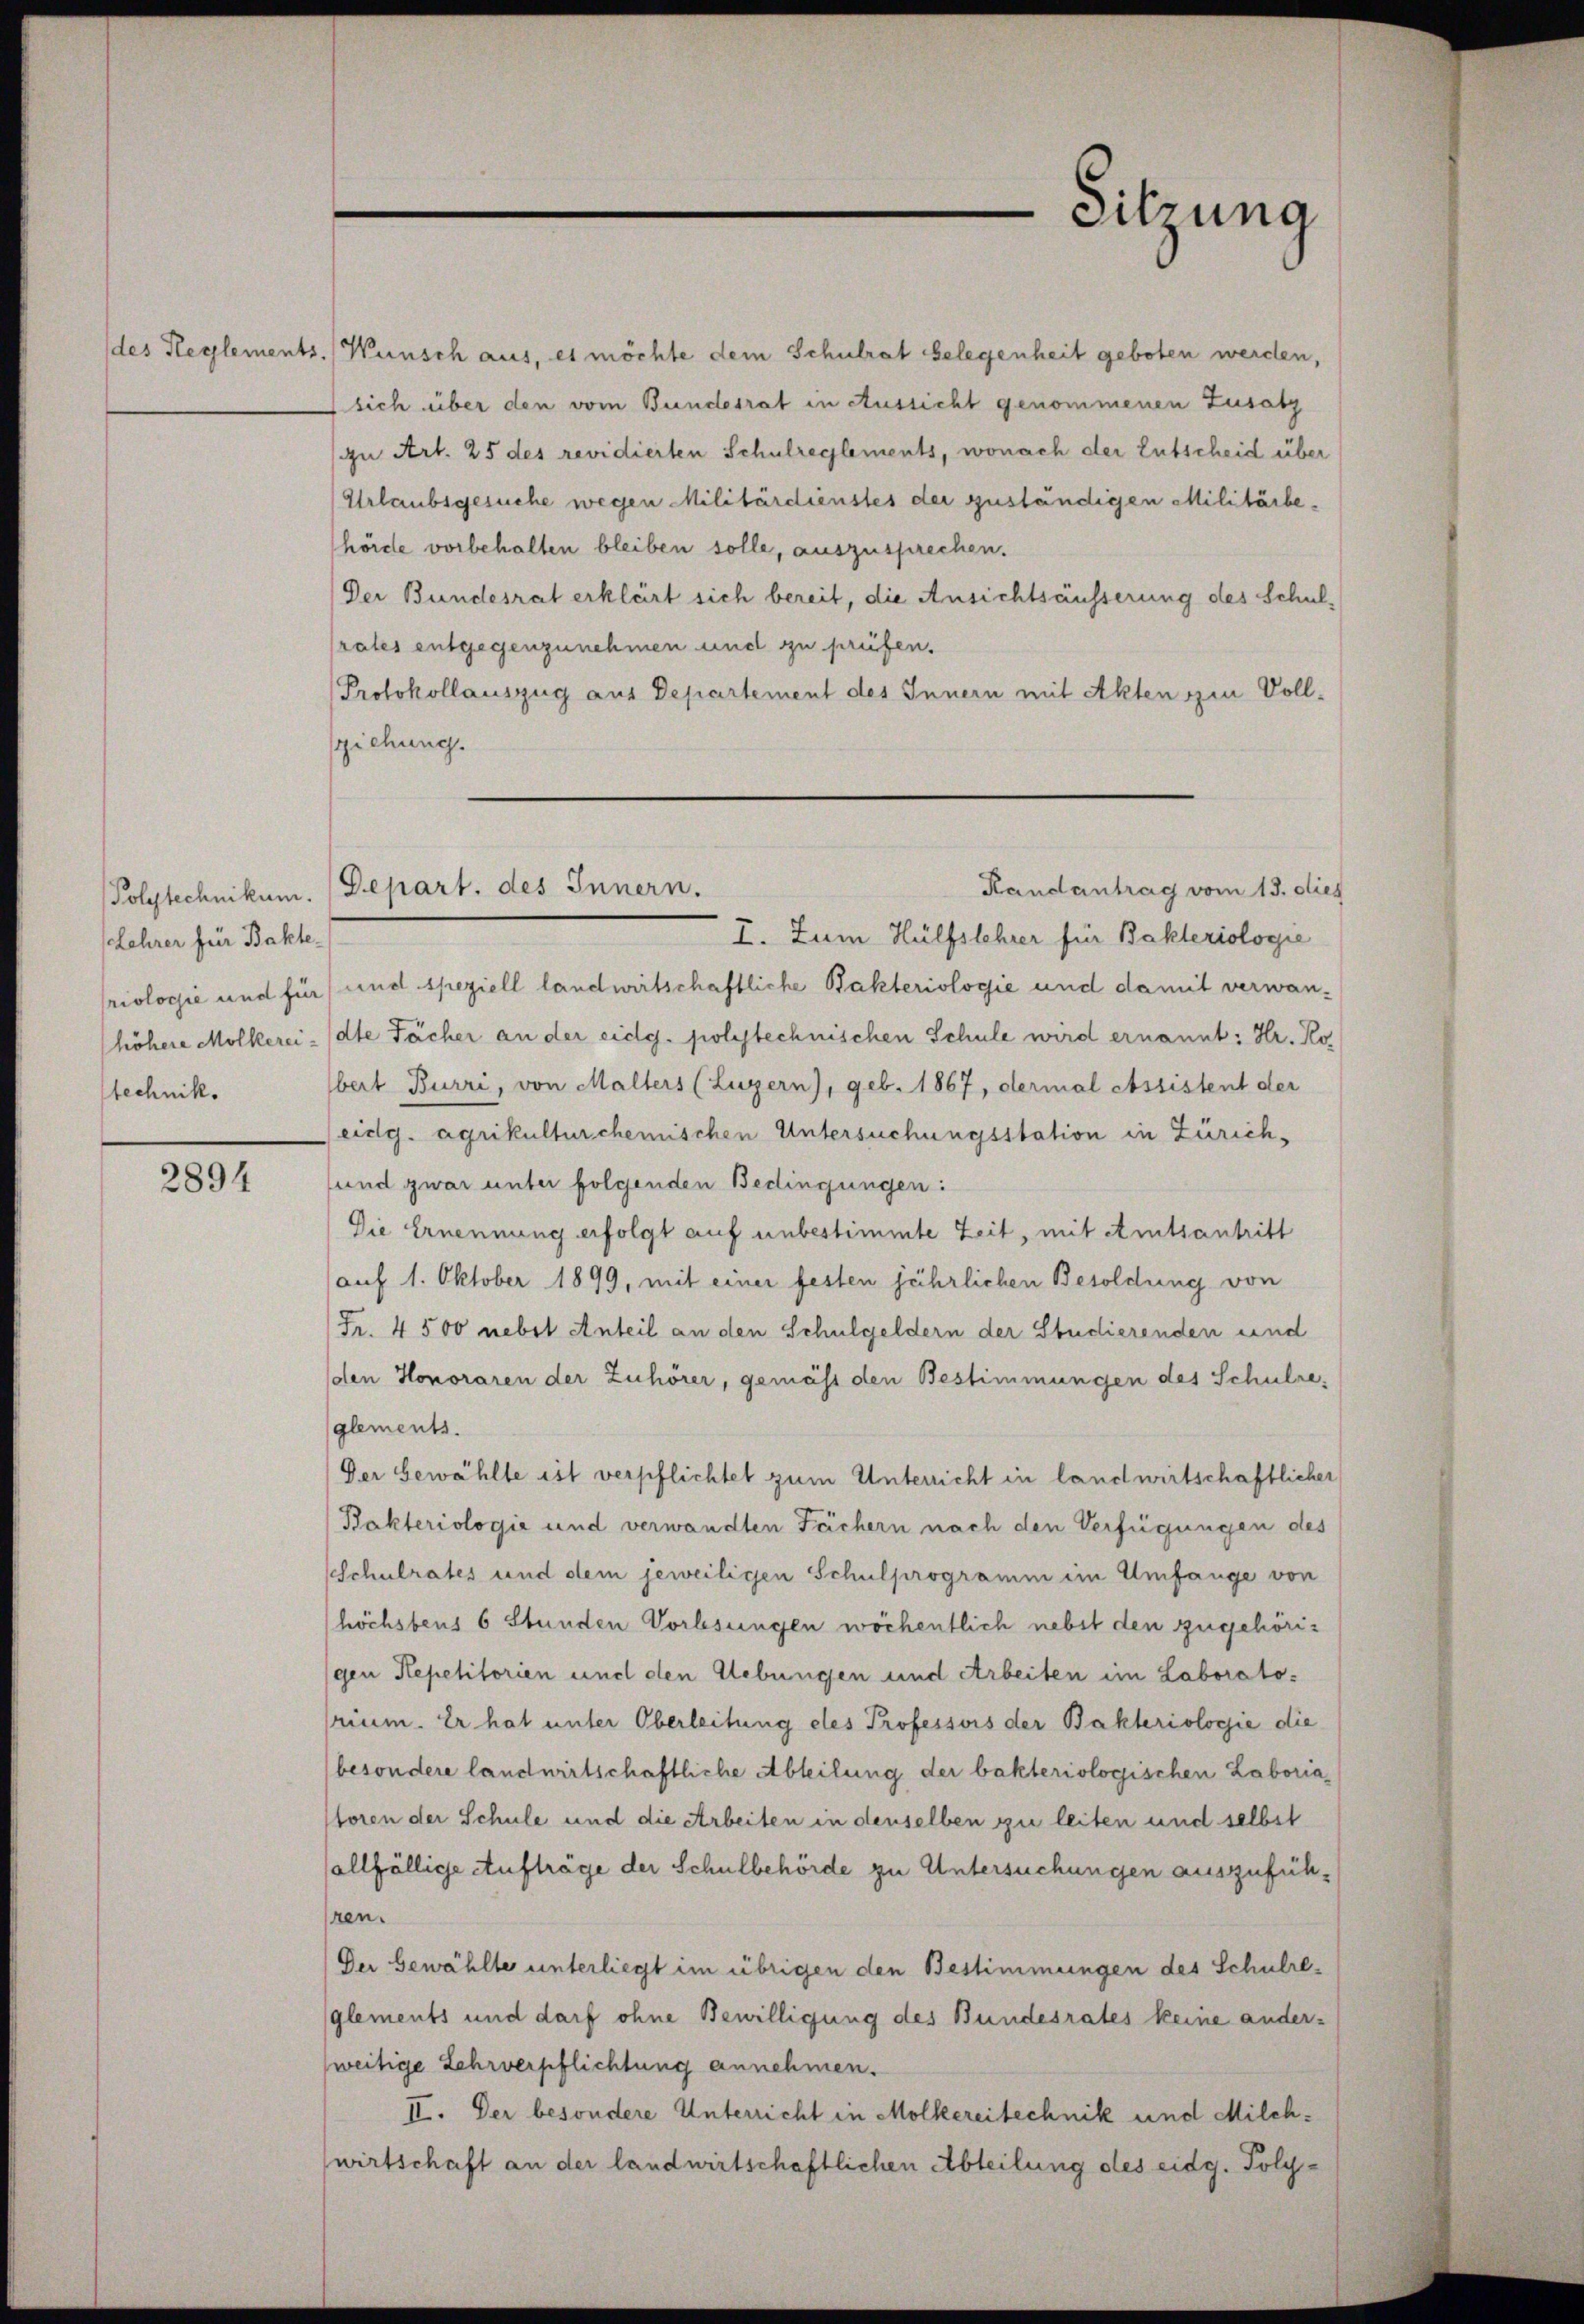
Lehrer für Bakte
technik.

2894

des Reglements. Wünsch aus, es möchte dem Schulrat belegenheit geboten werden,
sich über den vom Bundesrat in Aussicht genommenen Zusatz
u Art. 25 des revidierten Schulreglements, wonach der Entscheid über
Urlaubsgesuche wegen Militärdienstes der zuständigen Militärbehörde vorbehalten bleiben solle, auszusprechen.
Der Bundesrat erklärt sich bereit, die Ansichtsäusserung des Schulrates entgegenzunehmen und zu prüfen.
Protokollauszug aus Departement des Innern mit Akten sein Vollziehung.
I. Zum Hülfslehrer für Bakteriologie
riologie und für und speziell landwirtschaftliche Bakteriologie und damit verwanhöhere Mölkereidte Fächer an der eidg. polytechnischen Schule wird ernannt: Hr. Ko
bert Burri, von Malters (Luzern), geb. 1867, dermal Assistent der
eidg. agrikulturchemischen Untersuchungsstation in Zürich,
und zwar unter folgenden Bedingungen:
Die Ernennung erfolgt auf unbestimmte Zeit, mit Amtsantritt
auf 1. Oktober 1899, mit einer festen jährlichen Besoldung von
Fr. 4500 nebst Anteil an den Schulgeldern der Studierenden und
den Honoraren der Zuhörer, gemäss den Bestimmungen des Schulreglements.
Der Gewählte ist verpflichtet zum Unterricht in landwirtschaftlicher
Bakteriologie und verwandten Fächern nach den Verfügungen des
sschulrates und dem jeweiligen Schulprogramm im Umfange von
höchstens 6 Stunden Vorlesungen wöchentlich nebst den zugehörigen Repetitorien und den Uebungen und Arbeiten im Laboratorium. Er hat unter Oberleitung des Professors der Bakteriologie die
besondere landwirtschaftliche Abteilung der bakteriologischen Laboriatoren der Schule und die Arbeiten in denselben zu leiten und selbst
(allfällige Aufträge der Schulbehörde zu Untersuchungen auszuführen.
Der Gewählte unterliegt im übrigen den Bestimmungen des Schulreglements und darf ohne Bewilligung des Bundesrates keine anderweitige Lehrverpflichtung annehmen.
II. Der besondere Unterricht in Molkereitechnik und Milchwirtschaft an der landwirtschaftlichen Abteilung des eidg. Poly¬

(Polytechnikum. Depart, des Innern.

Sitzung

Randantrag vom 13. dies